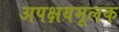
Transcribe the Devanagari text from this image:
अपक्षयमूलक